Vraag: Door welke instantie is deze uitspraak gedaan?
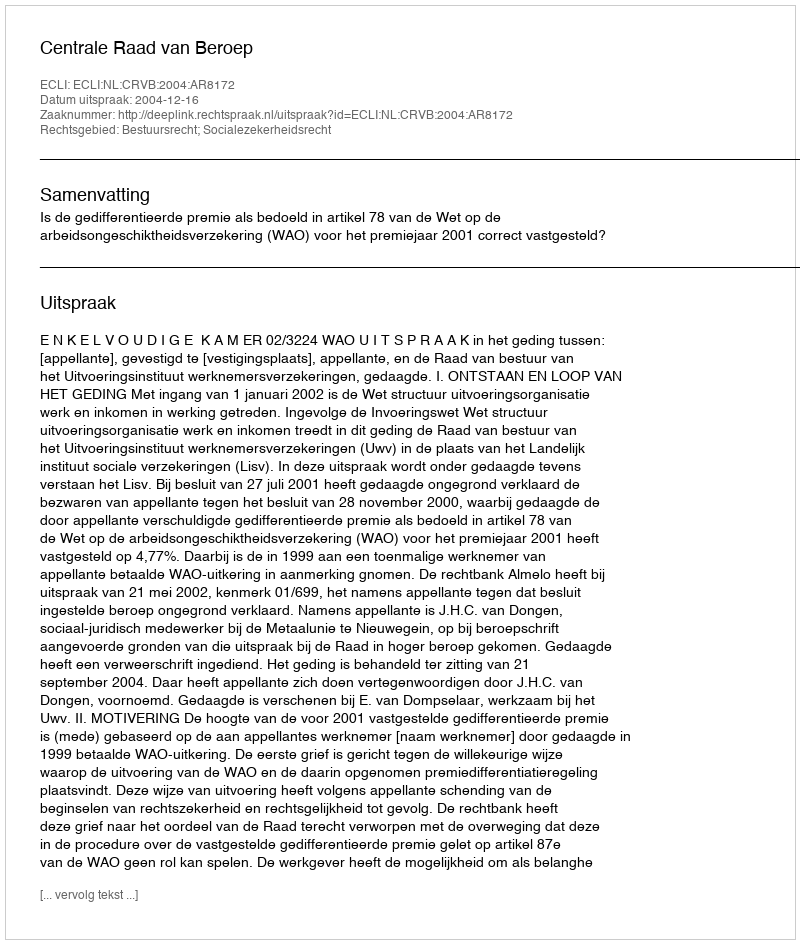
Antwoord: Centrale Raad van Beroep